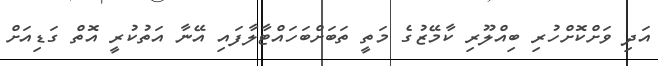
އަދި ވަށްކޮށްހުރި ބިއްލޫރި ކާމޭޒުގެ މަތީ ތަބަށްބަހައްޓާލާފައި އޭނާ އަތުކުރީ އޮތް ގަޑިއަށް